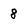
Character: 8